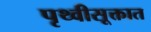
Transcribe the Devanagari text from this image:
पृथ्वीसूक्तात